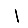
Digit: 1